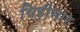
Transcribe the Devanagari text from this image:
चिड़ीमार